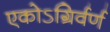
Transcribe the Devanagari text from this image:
एकोऽग्रिर्वर्ण